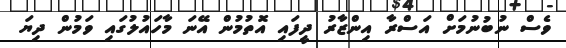
ވެސް ނުބުނުމަށް އަސްރާ އިންޒާރު ދީފައި އޮތުމުން އޭނަ މާހައުލުގައި ވަމުން ދިޔަ